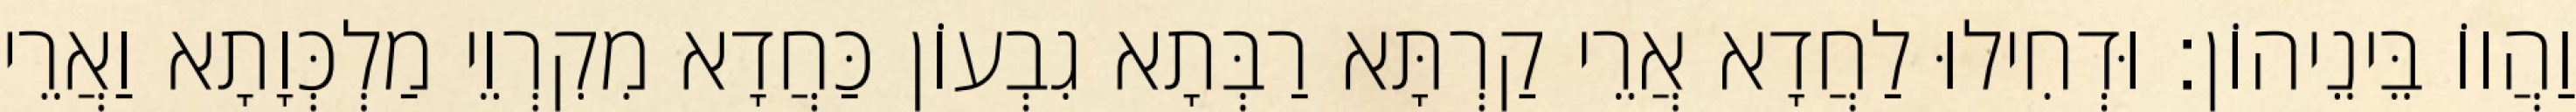
וַהֲווֹ בֵּינֵיהוֹן׃ וּדְחִילוּ לַחֲדָא אֲרֵי קַרְתָּא רַבְּתָא גִבְעוֹן כַּחֲדָא מִקִרְוֵי מַלְכְּוָתָא וַאֲרֵי